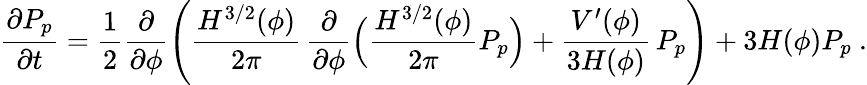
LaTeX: \frac{\partial P_{p}}{\partial t}=\frac{1}{2}\frac{\partial}{\partial\phi}\left(\frac{H^{3/2}(\phi)}{2\pi}\, \frac{\partial}{\partial\phi}\Bigl(\frac{H^{3/2}(\phi)}{2\pi}P_{p}\Bigr)+\frac{V^{\prime}(\phi)}{3H(\phi)}\, P_{p}\right)+3H(\phi)P_{p}\ .